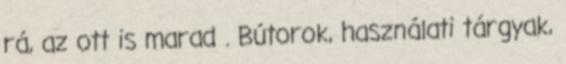
rá, az ott is marad . Bútorok, használati tárgyak,